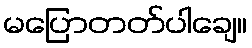
မပြောတတ်ပါချေ။